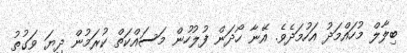
ބިލާލް މުހައްމަދު އަހުމަދެވެ. އޭނާ ހޯދަން ފުލުހުން މަސައްކަތް ކުރަމުން ދިޔަ ވަގުތު